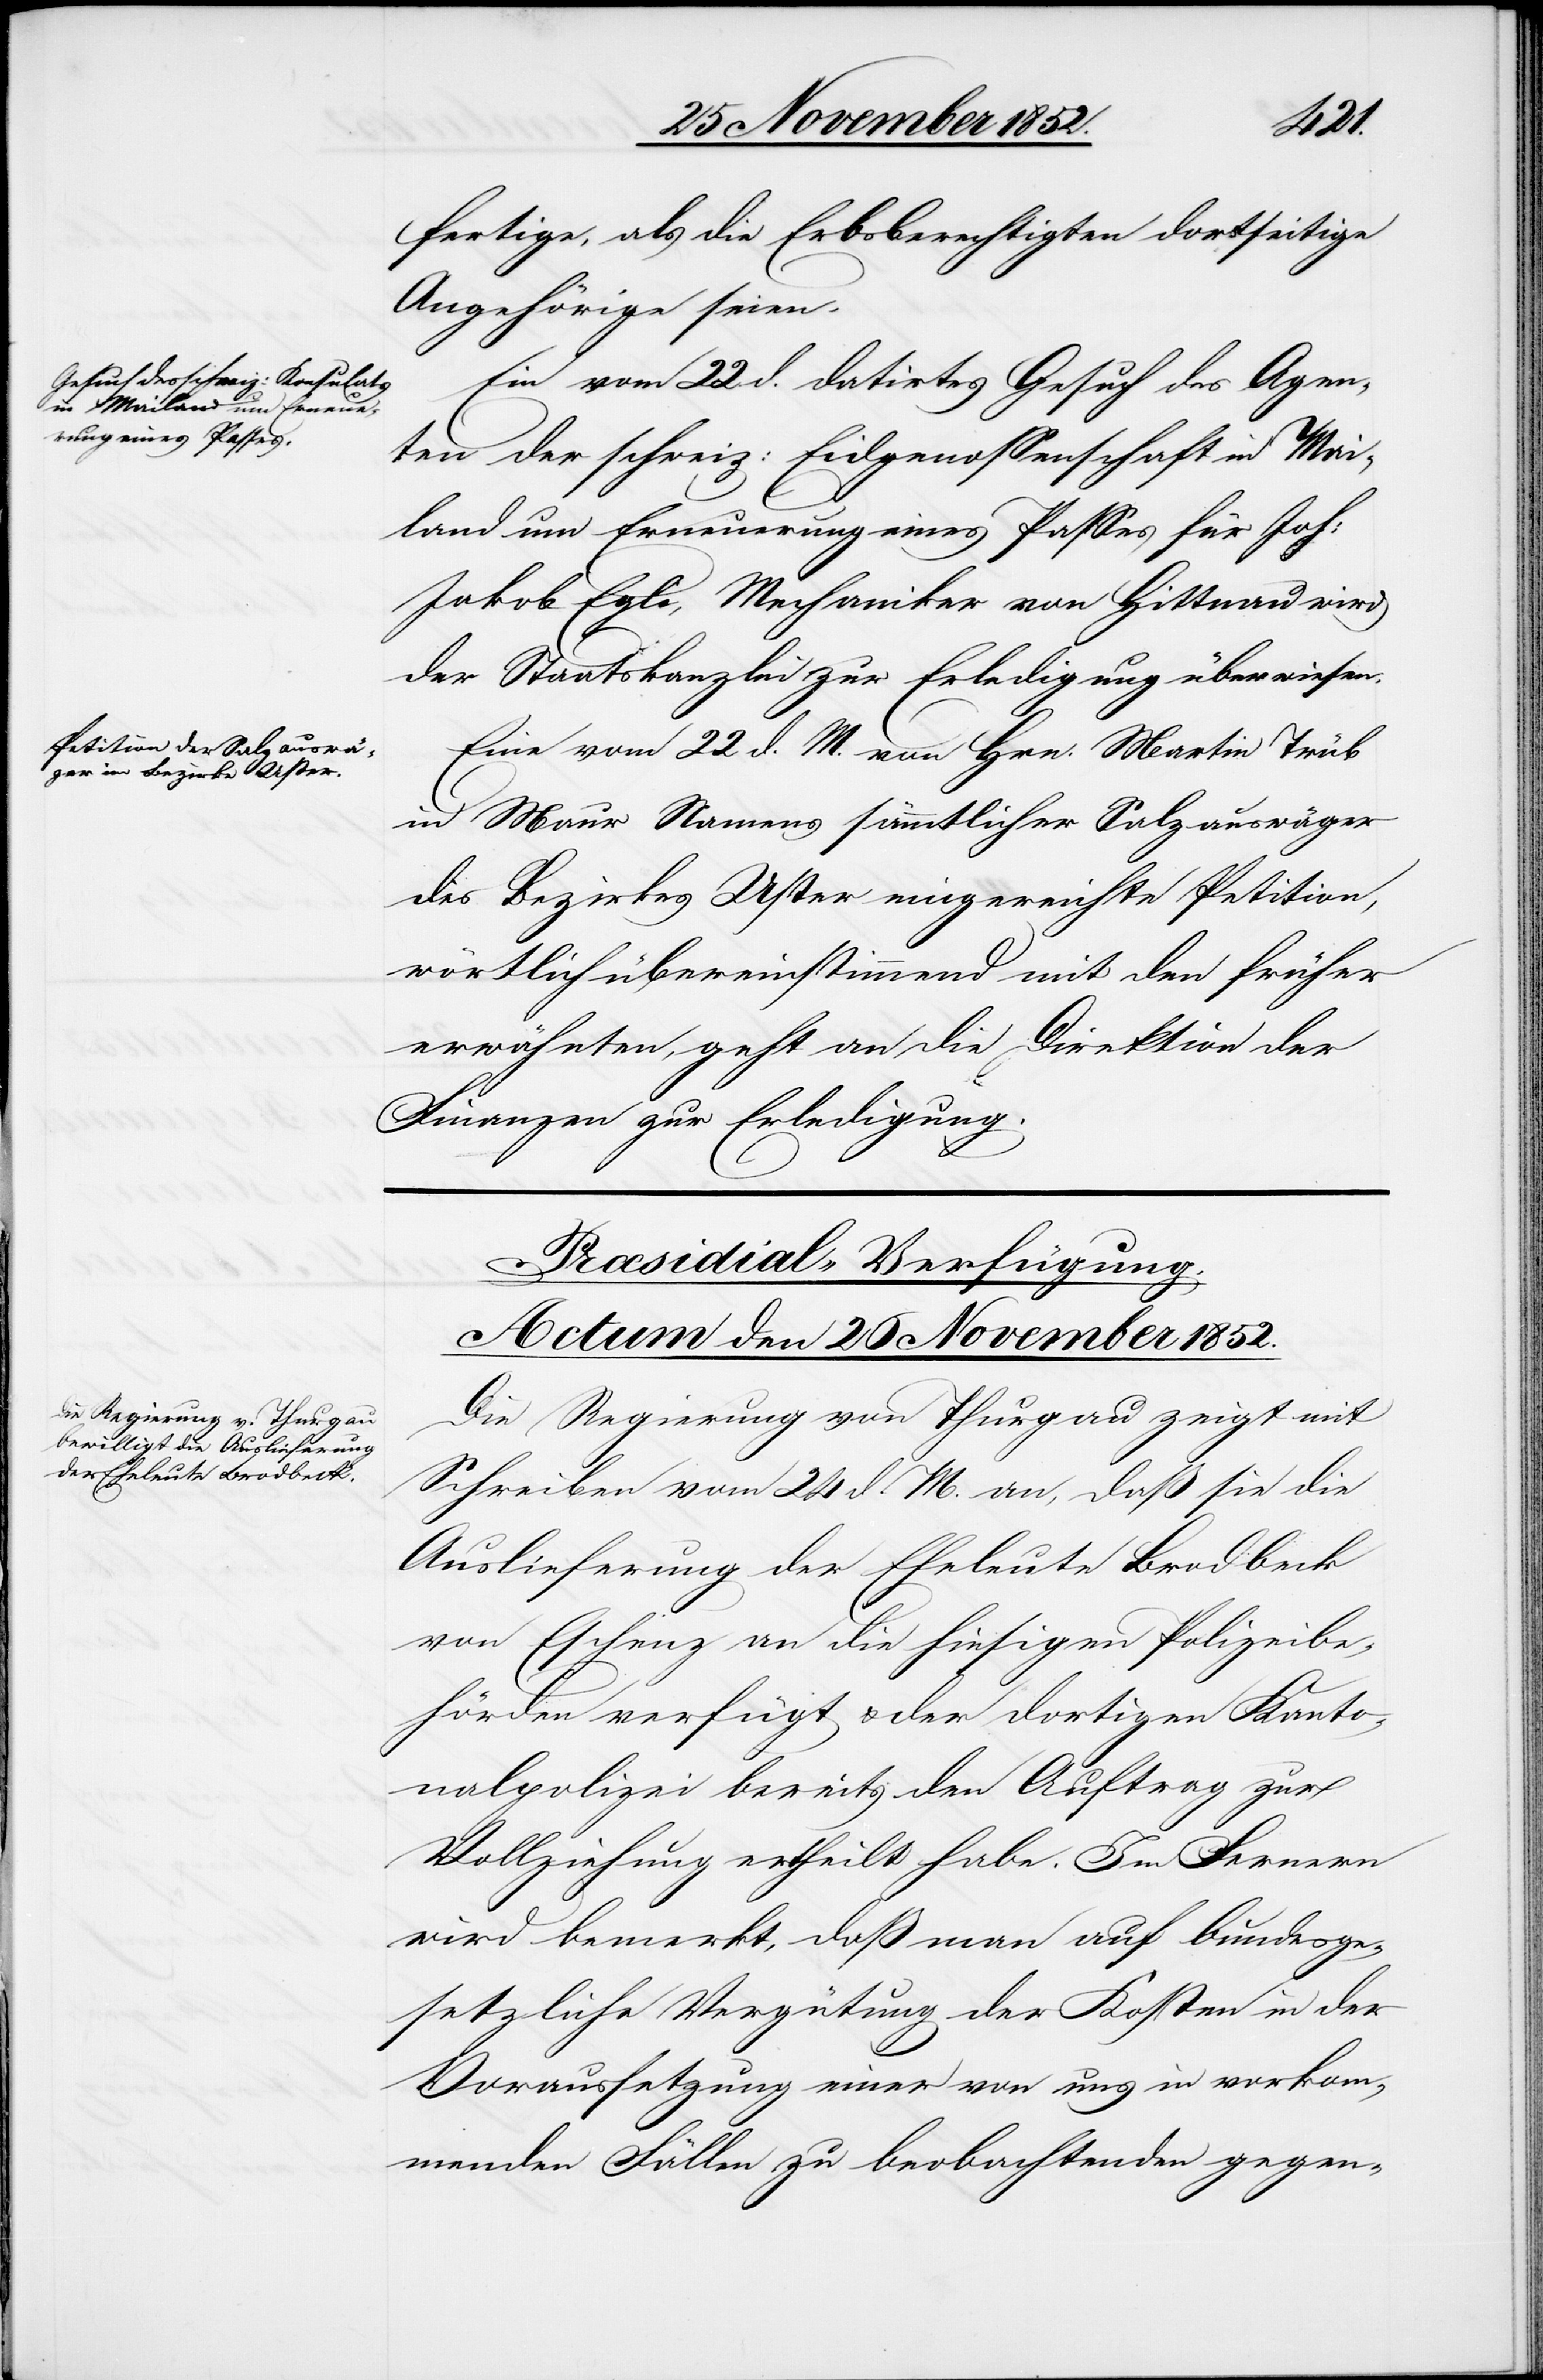
fertige, als die Erbsberechtigten dortseitige
Angehörige seien.
Ein vom 22 d. datirtes Gesuch des Agen¬
ten der schweiz: Eidgenossenschaft in Mai¬
land um Erneuerung eines Passes für Joh:
Jakob Egli, Mechaniker von Hittnau wird
der Staatskanzlei zur Erledigung überwiesen.
Eine vom 22 d. M. von Hrn. Martin Trüb
in Maur Namens sämmtlicher Salzauswäger
des Bezirkes Uster eingereichte Petition,
wörtlich übereinstimmend mit den früher
erwähnten, geht an die Direktion der
Finanzen zur Erledigung.
Præsidial-Verfügung.
Actum den 26 November 1852.
Die Regierung von Thurgau zeigt mit
Schreiben vom 24 d. M. an, daß sie die
Auslieferung der Eheleute Brodbeck
von Eschenz an die hiesigen Polizeibe¬
hörden verfügt & der dortigen Kanto¬
nalpolizei bereits den Auftrag zur
Vollziehung ertheilt habe. Im Fernern
wird bemerkt, daß man auf bundesge¬
setzliche Vergütung der Kosten in der
Voraussetzung einer von uns in vorkom¬
menden Fällen zu beobachtenden gegen-